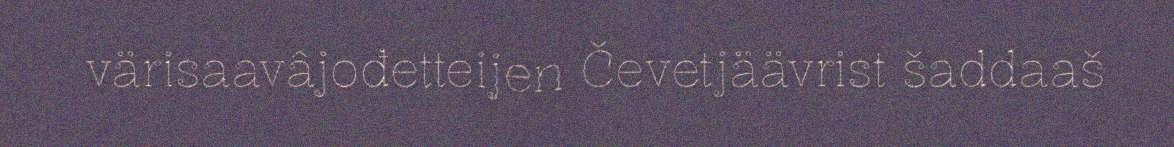
värisaavâjođetteijen Čevetjäävrist šaddaaš